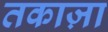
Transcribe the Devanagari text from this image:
तकाज़ा